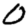
Digit: 0